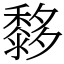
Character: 𪐀